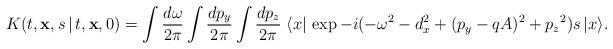
LaTeX: \begin{align*}K(t, {\bf x}, s\,\vert\, t, {\bf x}, 0) =\int {d\omega \over 2\pi} \int {dp_{y} \over 2\pi}\int {dp_{z} \over 2\pi}\; \langle x\vert\, \exp -i(-\omega^2-d_{x}^2+(p_{y}-qA)^2+{p_{z}}^2)s\, \vert x \rangle.\end{align*}